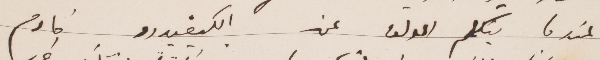
عندما يتكلم المؤلف عن الكيفيدرو خادم